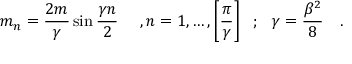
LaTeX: m _ { n } = \frac { 2 m } { \gamma } \sin \frac { \gamma n } { 2 } ~ ~ ~ ~ , n = 1 , \ldots , \left[ \frac { \pi } { \gamma } \right] ~ ~ ; ~ ~ \gamma = \frac { \beta ^ { 2 } } { 8 } ~ ~ ~ .